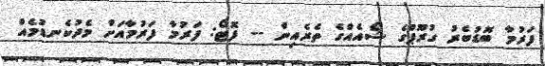
ފަރުމާ ބޮޑުބެރު ގުރޫޕްގެ ޝޯއެއްގެ ތެރެއިން -- ފޮޓޯ: ފަރުމާ ފަރުމާއަށް މެދުކެނޑުމެއް